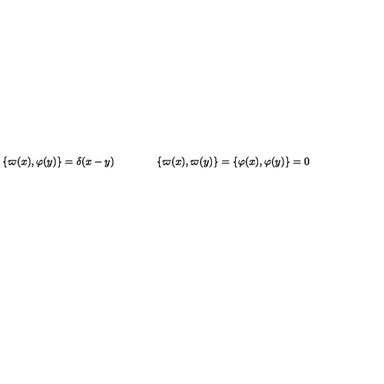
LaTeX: \{ \varpi ( x ) , \varphi ( y ) \} = \delta ( x - y ) \qquad \qquad \{ \varpi ( x ) , \varpi ( y ) \} = \{ \varphi ( x ) , \varphi ( y ) \} = 0